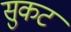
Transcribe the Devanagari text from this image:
सुकट